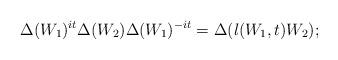
LaTeX: \begin{align*}\Delta(W_1)^{it}\Delta(W_2)\Delta(W_1)^{-it}=\Delta(\l(W_1,t)W_2);\end{align*}